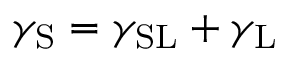
\gamma _ { \mathrm { S } } = \gamma _ { \mathrm { S L } } + \gamma _ { \mathrm { L } }